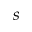
s